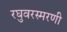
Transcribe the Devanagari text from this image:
रघुवरस्मरणी